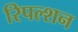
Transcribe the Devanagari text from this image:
रिपल्शन